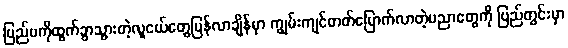
ပြည်ပကိုထွက်ခွာသွားတဲ့လူငယ်တွေပြန်လာချိန်မှာ ကျွမ်းကျင်တတ်မြောက်လာတဲ့ပညာတွေကို ပြည်တွင်းမှာ